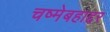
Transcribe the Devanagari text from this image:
चष्मेबहाद्दर